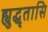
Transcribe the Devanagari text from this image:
ह्युद्धृतासि